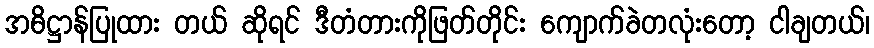
အဓိဋ္ဌာန်ပြုထား တယ် ဆိုရင် ဒီတံတားကိုဖြတ်တိုင်း ကျောက်ခဲတလုံးတော့ ငါချတယ်၊